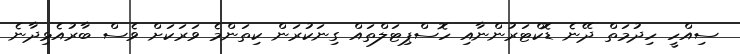
ސިއްހީ ހިދުމަތް ދޭނެ ޑޮކްޓަރުންނާއި ހޮސްޕިޓަލްތައް ގިނަކުރަން ކިތަންމެ ވަރަކަށް ވެސް ބާރުއެޅިދާނެ